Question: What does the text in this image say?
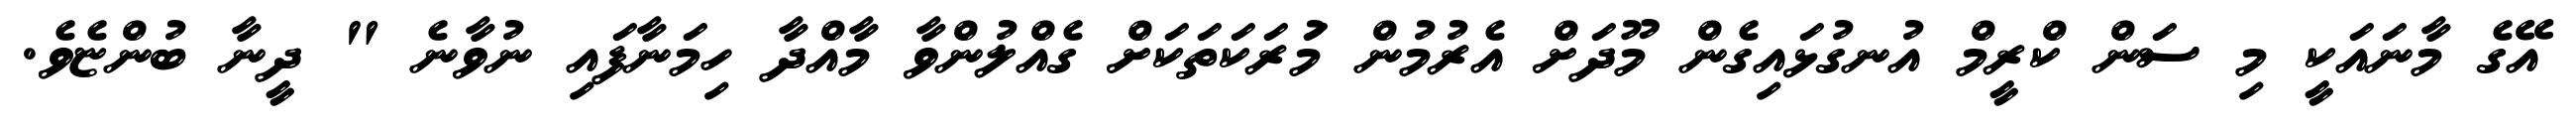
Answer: އޭގެ މާނައަކީ މި ސަން ކްރީމް އުނގުޅައިގެން މޫދަށް އެރުމުން މުަރަކަތަކަށް ގެއްލުންވާ މާއްދާ ހިމަނާފައި ނުވާނެ " ދީނާ ބުންޏެވެ.